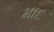
માદ